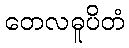
တေလဓူပိတံ